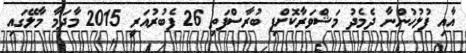
އާއި ފުލުހުންނާ ދެމެދު މަޝްވަރާކޮށްފި ބުރާސްފަތި 26 ފެބުރުއަރީ 2015 މާދަމާ މާލޭގައި